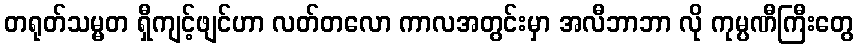
တရုတ်သမ္မတ ရှီကျင့်ဖျင်ဟာ လတ်တလော ကာလအတွင်းမှာ အလီဘာဘာ လို ကုမ္ပဏီကြီးတွေ